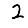
Digit: 2